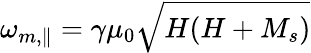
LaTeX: \omega_{m,\parallel}=\gamma\mu_{0}\sqrt{H(H+M_{s})}